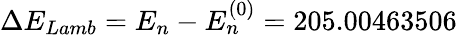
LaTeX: \Delta E_{Lamb}=E_{n}-E_{n}^{(0)}=205.00463506